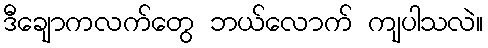
ဒီချောကလက်တွေ ဘယ်လောက် ကျပါသလဲ။